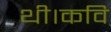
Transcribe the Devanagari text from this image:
थी।कवि